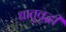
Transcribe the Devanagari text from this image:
धातुवृद्धी